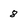
Character: 8